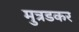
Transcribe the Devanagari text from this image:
मुत्रडकर